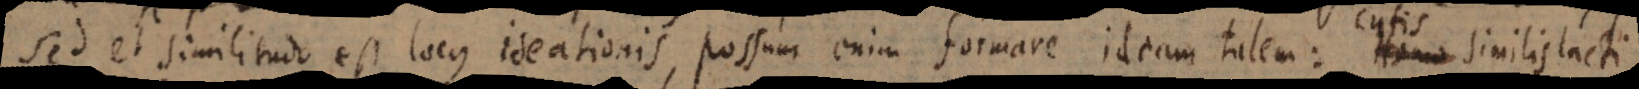
Sed et similitudo est locus ideationis, possum enim formare ideam talem: Homo similis lacti.